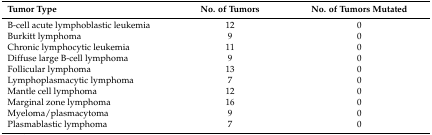
| Tumor Type | No. of Tumors | No. of Tumors Mutated |
 | --- | --- | --- |
 | B-cell acute lymphoblastic leukemia | 12 | 0 |
 | Burkitt lymphoma | 9 | 0 |
 | Chronic lymphocytic leukemia | 11 | 0 |
 | Diffuse large B-cell lymphoma | 9 | 0 |
 | Follicular lymphoma | 13 | 0 |
 | Lymphoplasmacytic lymphoma | 7 | 0 |
 | Mantle cell lymphoma | 12 | 0 |
 | Marginal zone lymphoma | 16 | 0 |
 | Myeloma/plasmacytoma | 9 | 0 |
 | Plasmablastic lymphoma | 7 | 0 |